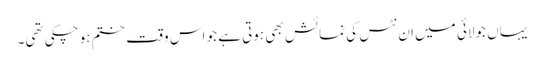
یہاں جولائی میں ان نٹس کی نمائش بھی ہوتی ہے جو اس وقت ختم ہو چکی تھی۔